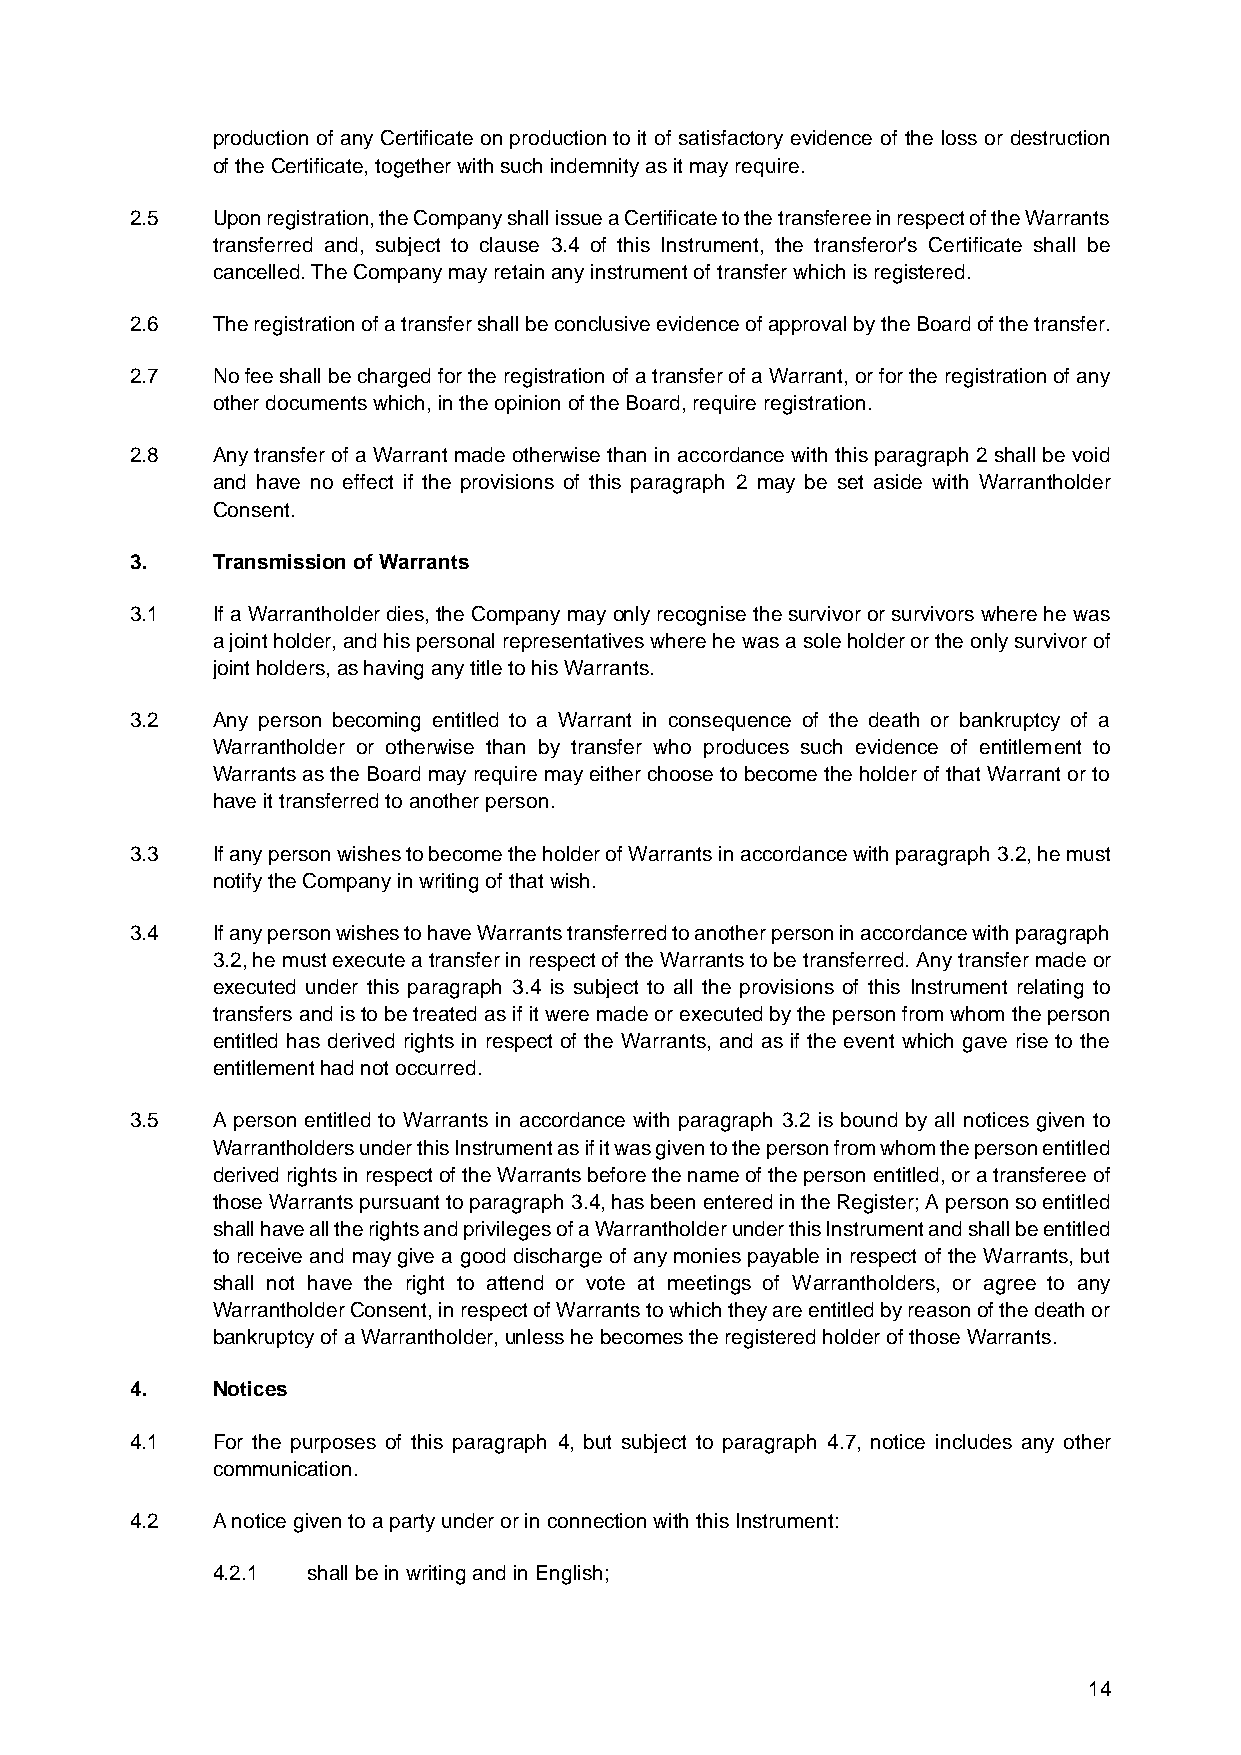
production of any Certificate on production to it of satisfactory evidence of the loss or destruction
 of the Certificate, together with such indemnity as it may require.
 2.5  Upon registration, the Company shall issue a Certificate to the transferee in respect of the Warrants
 transferred and, subject to clause 3.4 of this Instrument, the transferor's Certificate shall be
 cancelled. The Company may retain any instrument of transfer which is registered.
 2.6  The registration of a transfer shall be conclusive evidence of approval by the Board of the transfer.
 2.7  No fee shall be charged for the registration of a transfer of a Warrant, or for the registration of any
 other documents which, in the opinion of the Board, require registration.
 2.8  Any transfer of a Warrant made otherwise than in accordance with this paragraph 2 shall be void
 and have no effect if the provisions of this paragraph 2 may be set aside with Warrantholder
 Consent.
 3.   Transmission of Warrants
 3.1  If a Warrantholder dies, the Company may only recognise the survivor or survivors where he was
 a joint holder, and his personal representatives where he was a sole holder or the only survivor of
 joint holders, as having any title to his Warrants.
 3.2  Any person becoming entitled to a Warrant in consequence of the death or bankruptcy of a
 Warrantholder or otherwise than by transfer who produces such evidence of entitlement to
 Warrants as the Board may require may either choose to become the holder of that Warrant or to
 have it transferred to another person.
 3.3  If any person wishes to become the holder of Warrants in accordance with paragraph 3.2, he must
 notify the Company in writing of that wish.
 3.4  If any person wishes to have Warrants transferred to another person in accordance with paragraph
 3.2, he must execute a transfer in respect of the Warrants to be transferred. Any transfer made or
 executed under this paragraph 3.4 is subject to all the provisions of this Instrument relating to
 transfers and is to be treated as if it were made or executed by the person from whom the person
 entitled has derived rights in respect of the Warrants, and as if the event which gave rise to the
 entitlement had not occurred.
 3.5  A person entitled to Warrants in accordance with paragraph 3.2 is bound by all notices given to
 Warrantholders under this Instrument as if it was given to the person from whom the person entitled
 derived rights in respect of the Warrants before the name of the person entitled, or a transferee of
 those Warrants pursuant to paragraph 3.4, has been entered in the Register; A person so entitled
 shall have all the rights and privileges of a Warrantholder under this Instrument and shall be entitled
 to receive and may give a good discharge of any monies payable in respect of the Warrants, but
 shall not have the right to attend or vote at meetings of Warrantholders, or agree to any
 Warrantholder Consent, in respect of Warrants to which they are entitled by reason of the death or
 bankruptcy of a Warrantholder, unless he becomes the registered holder of those Warrants.
 4.   Notices
 4.1  For the purposes of this paragraph 4, but subject to paragraph 4.7, notice includes any other
 communication.
 4.2  A notice given to a party under or in connection with this Instrument:
 4.2.1 shall be in writing and in English;
 14